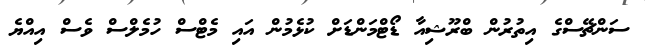
ސަންޗޭސްގެ އިތުރުން ބްރޫޝިއާ ޑޯޓްމަންޑަށް ކުޅެމުން އައި މެޓްސް ހުމެލްސް ވެސް އިއްޔެ